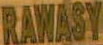
RAWASY